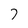
Character: 7